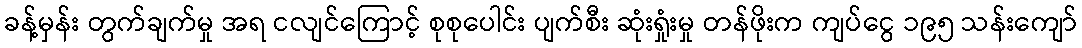
ခန့်မှန်း တွက်ချက်မှု အရ ငလျင်ကြောင့် စုစုပေါင်း ပျက်စီး ဆုံးရှုံးမှု တန်ဖိုးက ကျပ်ငွေ ၁၉၅ သန်းကျော်